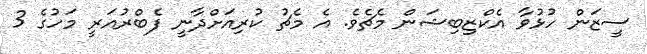
ސީޒަން ހުޅުވާ އެކްޒިބިޝަން މެޗެވެ. އެ މެޗު ކުރިއަށްދާނީ ފެބްރުއަރީ މަހުގެ 3